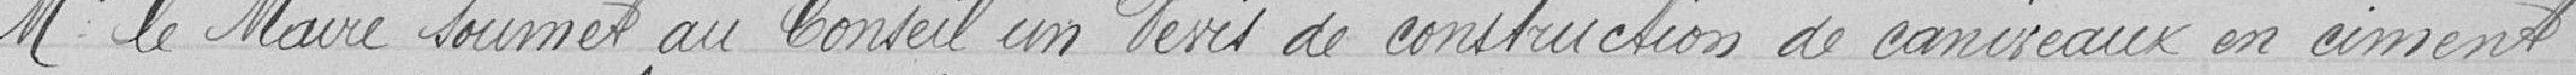
Monsieur le Maire soumet au Conseil un devis de construction de caniveaux en ciment